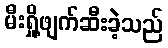
မီးရှို့ဖျက်ဆီးခဲ့သည်